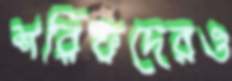
শরিফদেরও